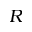
R